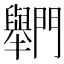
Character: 𨷶